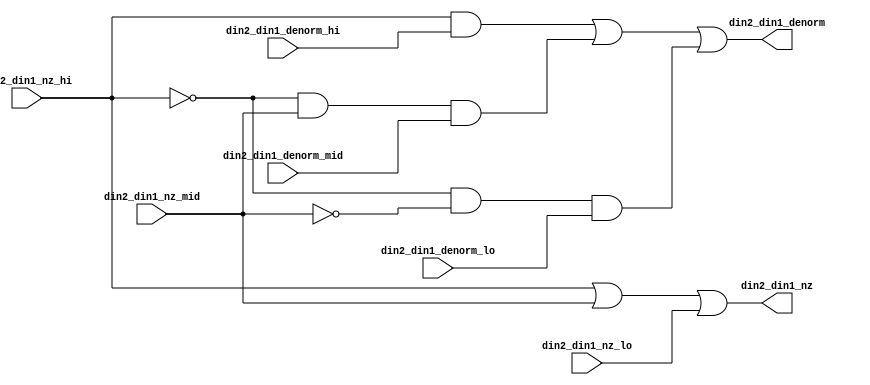
module fpu_denorm_3to1 (
	din2_din1_nz_hi,
	din2_din1_denorm_hi,
	din2_din1_nz_mid,
	din2_din1_denorm_mid,
	din2_din1_nz_lo,
	din2_din1_denorm_lo,
	din2_din1_nz,
	din2_din1_denorm
);
input		din2_din1_nz_hi;	
input		din2_din1_denorm_hi;	
input		din2_din1_nz_mid;	
input		din2_din1_denorm_mid;	
input		din2_din1_nz_lo;	
input		din2_din1_denorm_lo;	
output		din2_din1_nz;		
output		din2_din1_denorm;	
wire		din2_din1_nz;
wire		din2_din1_denorm;
assign din2_din1_nz= din2_din1_nz_hi || din2_din1_nz_mid
		|| din2_din1_nz_lo;
assign din2_din1_denorm= (din2_din1_nz_hi && din2_din1_denorm_hi)
		|| ((!din2_din1_nz_hi) && din2_din1_nz_mid
			&& din2_din1_denorm_mid)
		|| ((!din2_din1_nz_hi) && (!din2_din1_nz_mid)
			&& din2_din1_denorm_lo);
endmodule